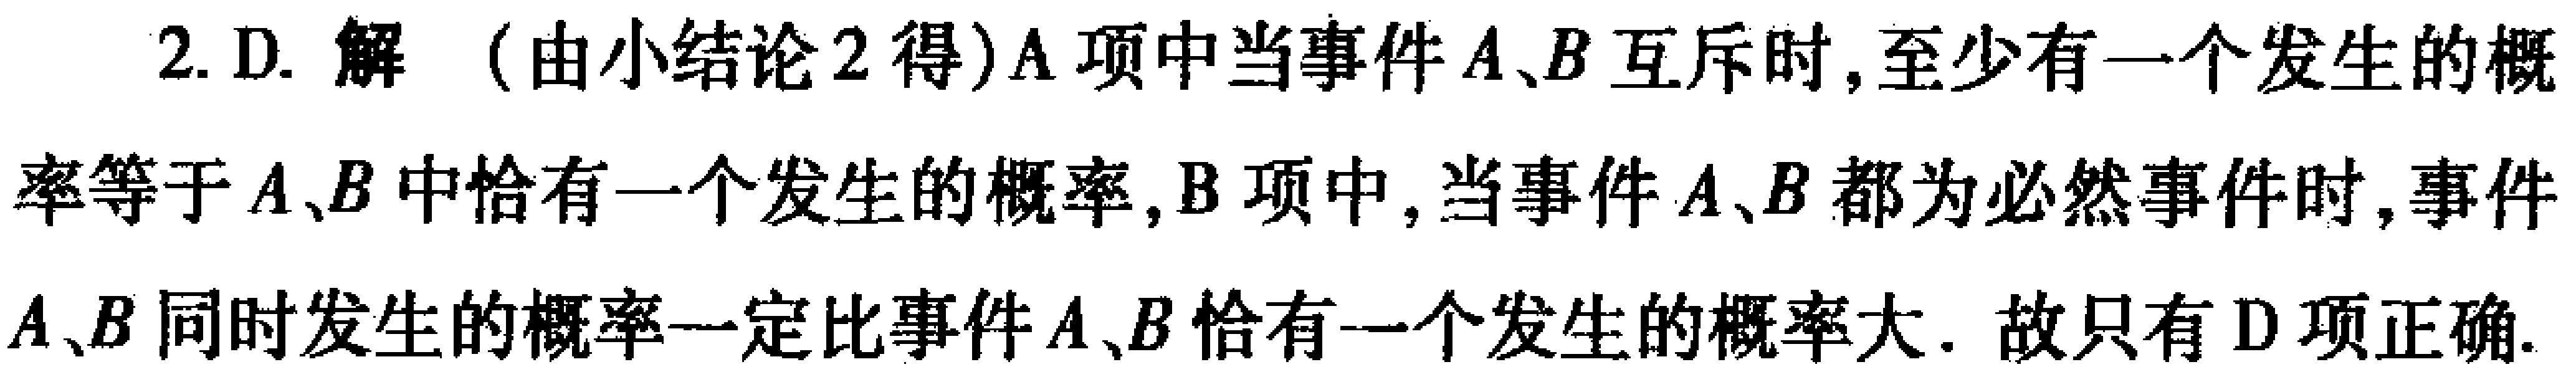
2. D. 解（由小结论2得）A项中当事件\(A、B\)互斥时，至少有一个发生的概率等于\(A、B\)中恰有一个发生的概率，B项中，当事件\(A、B\)都为必然事件时，事件\(A、B\)同时发生的概率一定比事件\(A、B\)恰有一个发生的概率大. 故只有D项正确.